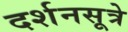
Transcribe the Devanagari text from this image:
दर्शनसूत्रे